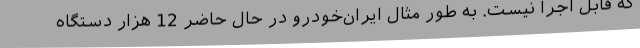
که قابل اجرا نیست. به طور مثال ایران‌خودرو در حال حاضر 12 هزار دستگاه